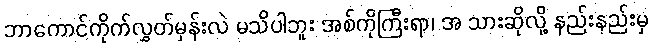
ဘာကောင်ကိုက်လွှတ်မှန်းလဲ မသိပါဘူး အစ်ကိုကြီးရာ၊ အ သားဆိုလို့ နည်းနည်းမှ